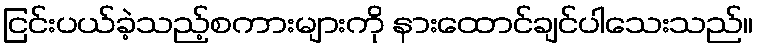
ငြင်းပယ်ခဲ့သည့်စကားများကို နားထောင်ချင်ပါသေးသည်။